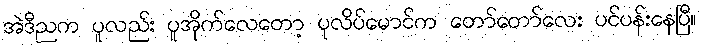
အဲဒီညက ပူလည်း ပူအိုက်လေတော့ ပုလိပ်မောင်က တော်တော်လေး ပင်ပန်းနေပြီ။